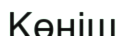
Көніш